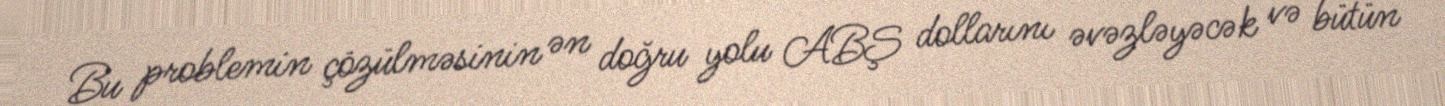
Bu problemin çözülməsinin ən doğru yolu ABŞ dollarını əvəzləyəcək və bütün